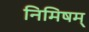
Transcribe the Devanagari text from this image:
निमिषम्